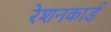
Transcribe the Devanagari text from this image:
रेशनकार्ड